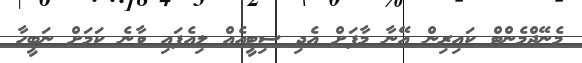
މެނޭޖްމެންޓް ކައިރިން އޭނާ މާފަށް އެދި ސިޓީއެއް ލިއެފައި ވާނެ ކަމަށް ނަބީހާ